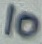
Text: 10